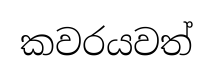
කවරයවත්